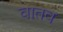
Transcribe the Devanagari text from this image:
वातव